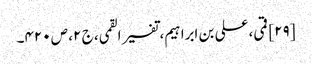
[۲۹] قمی، علی بن ابراہیم، تفسیر القمی، ج ۲، ص ۴۲۰۔